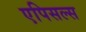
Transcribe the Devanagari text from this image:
एपिसल्स